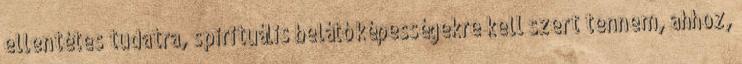
ellentétes tudatra, spirituális belátó képességekre kell szert tennem, ahhoz,